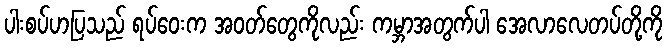
ပါးစပ်ဟပြသည် ရပ်ဝေးက အဝတ်တွေကိုလည်း ကမ္ဘာအတွက်ပါ အေလာလေတပ်တို့ကို